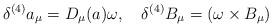
LaTeX: \begin{align*}\delta^{(4)} a_{\mu} = D_{\mu}(a) \omega, \quad\delta^{(4)} B_{\mu} = (\omega \times B_{\mu})\end{align*}